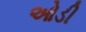
ઓડી